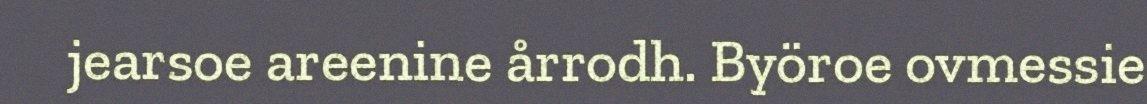
jearsoe areenine årrodh. Byöroe ovmessie